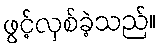
ဖွင့်လှစ်ခဲ့သည်။